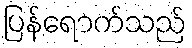
ပြန်ရောက်သည်